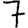
Digit: 7